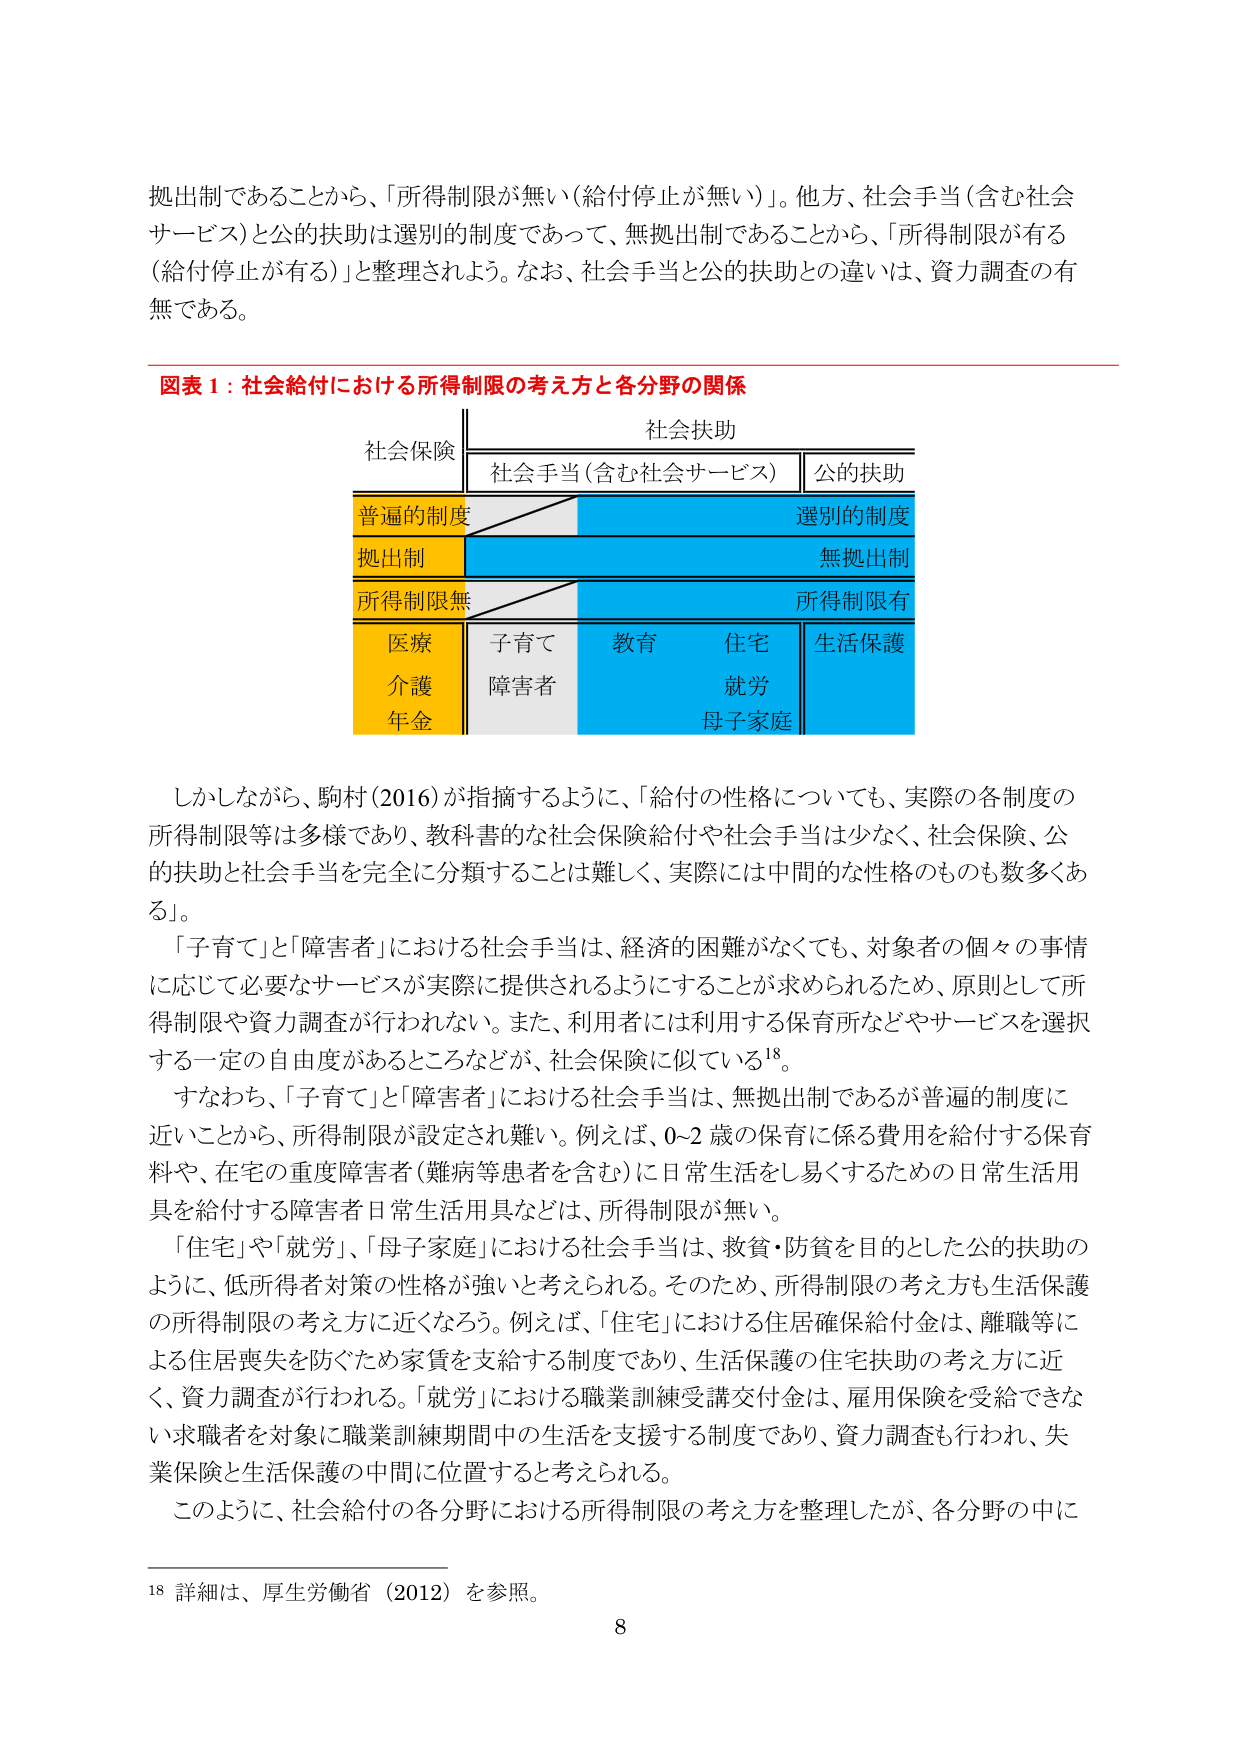
拠出制であることから、「所得制限が無い（給付停止が無い）」。他方、社会手当（含む社会サービス）と公的扶助は選別的制度であって、無拠出制であることから、「所得制限が有る（給付停止が有る）」と整理されよう。なお、社会手当と公的扶助との違いは、資力調査の有無である。

図表１：社会給付における所得制限の考え方と各分野の関係

社会保険　　　　　　　　　　　社会扶助
　　　　　　　　　　　　　　社会手当（含む社会サービス）　公的扶助
　　　　　　　　　　　　　　普遍的制度　　　　　　　　　　選別的制度
　　　　　　　　　　　　　　拠出制　　　　　　　　　　　　無拠出制
　　　　　　　　　　　　　　所得制限無　　　　　　　　　　所得制限有
　　　　　　　　　　　　　　医療　　　子育て　　　教育　　　住宅　　　生活保護
　　　　　　　　　　　　　　介護　　　障害者　　　　　　　就労
　　　　　　　　　　　　　　年金　　　　　　　　　　　　母子家庭

しかしながら、駒村（2016）が指摘するように、「給付の性格についても、実際の各制度の所得制限等は多様であり、教科書的な社会保険給付や社会手当は少なく、社会保険、公的扶助と社会手当を完全に分類することは難しく、実際には中間的な性格のものも数多くある」。

「子育て」と「障害者」における社会手当は、経済的困難がなくても、対象者の個々の事情に応じて必要なサービスが実際に提供されるようにすることが求められるため、原則として所得制限や資力調査が行われない。また、利用者には利用する保育所などやサービスを選択する一定の自由度があるところなどが、社会保険に似ている¹⁸。

すなわち、「子育て」と「障害者」における社会手当は、無拠出制であるが普遍的制度に近いことから、所得制限が設定され難い。例えば、0-2歳の保育に係る費用を給付する保育料や、在宅の重度障害者（難病等患者を含む）に日常生活をし易くするための日常生活用具を給付する障害者日常生活用具などは、所得制限が無い。

「住宅」や「就労」、「母子家庭」における社会手当は、救貧・防貧を目的とした公的扶助のように、低所得者対策の性格が強いと考えられる。そのため、所得制限の考え方も生活保護の所得制限の考え方に近くなる。例えば、「住宅」における住居確保給付金は、離職等による住居喪失を防ぐため家賃を支給する制度であり、生活保護の住宅扶助の考え方に近く、資力調査が行われる。「就労」における職業訓練受講交付金は、雇用保険を受給できない求職者を対象に職業訓練期間中の生活を支援する制度であり、資力調査も行われ、失業保険と生活保護の中間に位置すると考えられる。

このように、社会給付の各分野における所得制限の考え方を整理したが、各分野の中に

¹⁸ 詳細は、厚生労働省（2012）を参照。

8